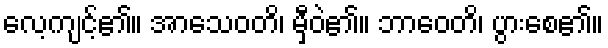
လေ့ကျင့်၏။ အာသေဝတိ၊ မှီဝဲ၏။ ဘာဝေတိ၊ ပွားစေ၏။